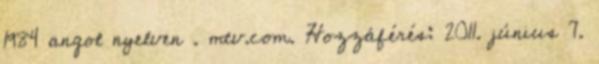
1984 angol nyelven . mtv.com. Hozzáférés: 2011. június 7.